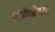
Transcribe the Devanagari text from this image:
गांधीजीच्या